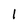
Character: l